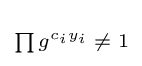
\scriptstyle \prod g^{c_{i}y_{i}}\;\neq \;1